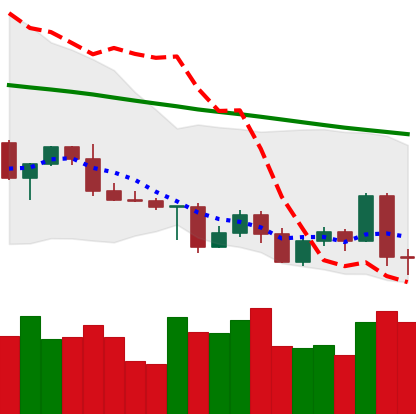
Ticker: LTC-USD
Chart end date: 2022-05-06
Forward return: -31.411%
Label: down_7plus